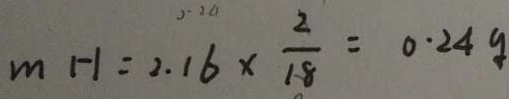
m H = 2 . 1 6 \times \frac { 2 } { 1 8 } = 0 . 2 4 g